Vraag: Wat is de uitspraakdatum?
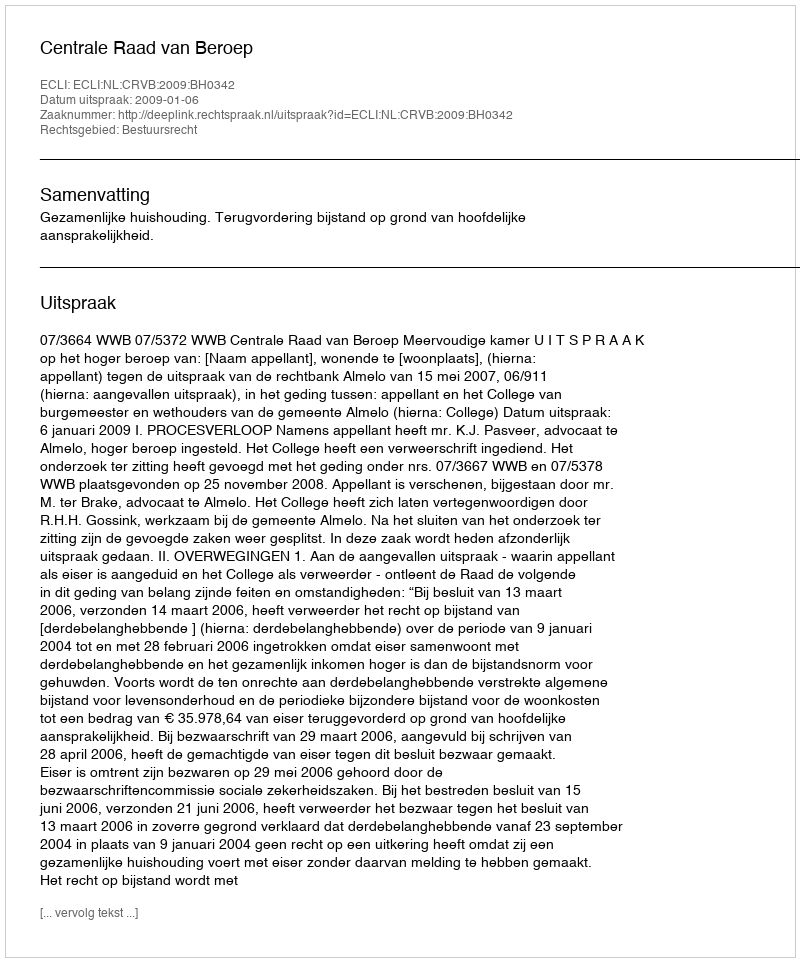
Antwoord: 2009-01-06